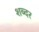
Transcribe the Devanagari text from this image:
शब्दर